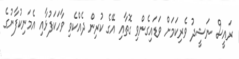
ރައީސް ނަޝީދު ވެރިކަމަށް ވަޑައިގެންވި ގޮތާއި އޭގެ ކުރިން ދެއްކެވި ވާހަކަފުޅާއި އެމަނިކުފާނުގެ